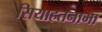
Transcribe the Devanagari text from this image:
सियाहतनामा